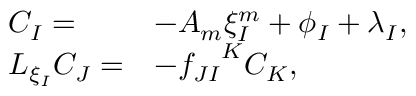
\begin{array} { l l } { { C _ { I } = } } & { { - A _ { m } \xi _ { I } ^ { m } + \phi _ { I } + \lambda _ { I } , } } \\ { { { \cal L } _ { \xi _ { I } } C _ { J } = } } & { { - { f _ { J I } } ^ { K } C _ { K } , } } \end{array}